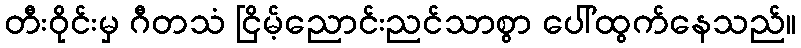
တီးဝိုင်းမှ ဂီတသံ ငြိမ့်ညောင်းညင်သာစွာ ပေါ်ထွက်နေသည်။